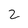
Character: 2